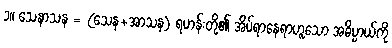
၁။ သေနာသန = (သေန+အာသန) ရဟန်းတို့၏ အိပ်ရာနေရာဟူသော အဓိပ္ပာယ်ကို